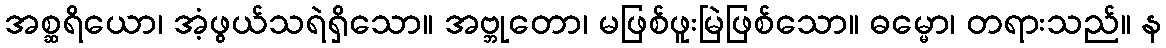
အစ္ဆရိယော၊ အံ့ဖွယ်သရဲရှိသော။ အဗ္ဘုတော၊ မဖြစ်ဖူးမြဲဖြစ်သော။ ဓမ္မော၊ တရားသည်။ န